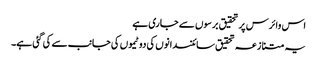
اس وائرس پر تحقیق برسوں سے جاری ہے
یہ متنازعہ تحقیق سائنسدانوں کی دو ٹیموں کی جانب سے کی گئی ہے۔